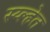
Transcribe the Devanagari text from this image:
स्य्ल्हेत